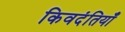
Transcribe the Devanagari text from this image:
किवदंतियाँ